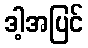
ဒါ့အပြင်